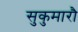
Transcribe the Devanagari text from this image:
सुकुमारौ